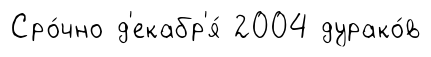
Сро́чно д'екабр'я́ 2004 дурако́в